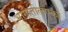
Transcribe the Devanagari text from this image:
भागातीलएका